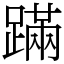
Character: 蹣